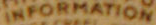
INFORMATION